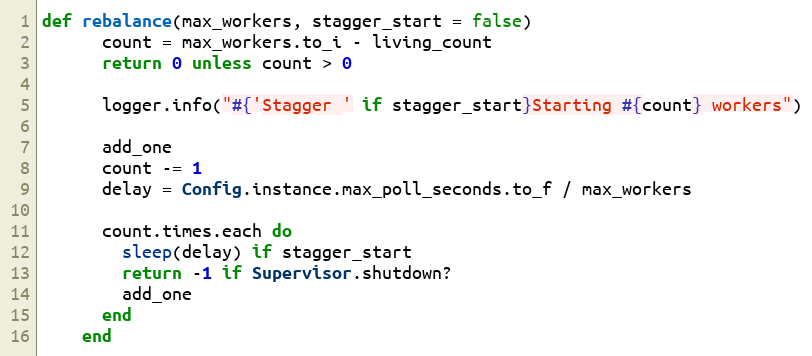
Language: Ruby
def rebalance(max_workers, stagger_start = false)
      count = max_workers.to_i - living_count
      return 0 unless count > 0

      logger.info("#{'Stagger ' if stagger_start}Starting #{count} workers")

      add_one
      count -= 1
      delay = Config.instance.max_poll_seconds.to_f / max_workers

      count.times.each do
        sleep(delay) if stagger_start
        return -1 if Supervisor.shutdown?
        add_one
      end
    end